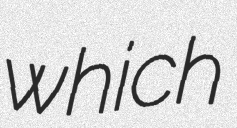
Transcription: which